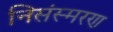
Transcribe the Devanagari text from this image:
निसंस्मरण